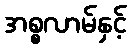
အစ္စလာမ်နှင့်